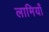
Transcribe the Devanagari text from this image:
लामियाँ